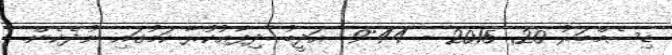
ޑިސެމްބަރު 20